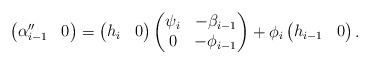
LaTeX: \begin{align*}\begin{pmatrix}\alpha''_{i-1} & 0\end{pmatrix}= \begin{pmatrix}h_{i} & 0\end{pmatrix}\begin{pmatrix}\psi_i & -\beta_{i-1}\\0 & -\phi_{i-1} \\\end{pmatrix}+ \phi_{i}\begin{pmatrix}h_{i-1} & 0\end{pmatrix}.\end{align*}